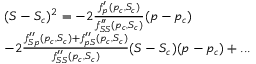
\begin{array} { r l } & { ( S - S _ { c } ) ^ { 2 } = - 2 \frac { f _ { p } ^ { \prime } ( p _ { c } , S _ { c } ) } { f _ { S S } ^ { \prime \prime } ( p _ { c } , S _ { c } ) } ( p - p _ { c } ) } \\ & { - 2 \frac { f _ { S p } ^ { \prime \prime } ( p _ { c } , S _ { c } ) + f _ { p S } ^ { \prime \prime } ( p _ { c } , S _ { c } ) } { f _ { S S } ^ { \prime \prime } ( p _ { c } , S _ { c } ) } ( S - S _ { c } ) ( p - p _ { c } ) + . . . } \end{array}